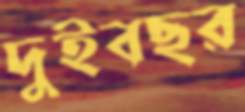
দুইবছর